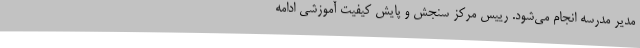
مدیر مدرسه انجام می‌شود. رییس مرکز سنجش و پایش کیفیت آموزشی ادامه